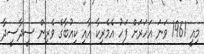
މިއީ 1961 ވަނަ އަހަރަށް ފަހު އެމެރިކާ އާއި ކިއުބާގެ ވެރިން ސީދާސީދާ